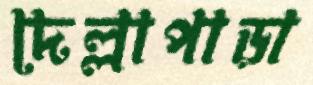
দেল্লাপাড়া